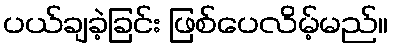
ပယ်ချခဲ့ခြင်း ဖြစ်ပေလိမ့်မည်။